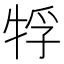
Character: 𤙤